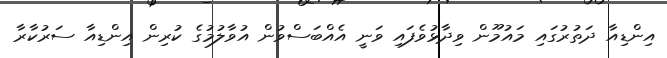
އިންޑިއާ ދަތުރުގައި މައުމޫން ވިދާޅުވެފައި ވަނީ އެއްބަސްވުން އުވާލުމުގެ ކުރިން އިންޑިއާ ސަރުކާރާ